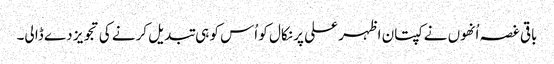
باقی غصہ اُنھوں نے کپتان اظہر علی پر نکال کو اُس کو ہی تبدیل کرنے کی تجویز دے ڈا لی۔